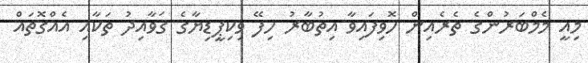
މިއީ މެމްބަރުންގެ ތެރެއިން ހޮވިފައިވާ އިތުބާރު ހިފޭ ވިކިޕީޑިޔާގެ ޤަވާއިދު ތަކާއި އެއްގޮތައް